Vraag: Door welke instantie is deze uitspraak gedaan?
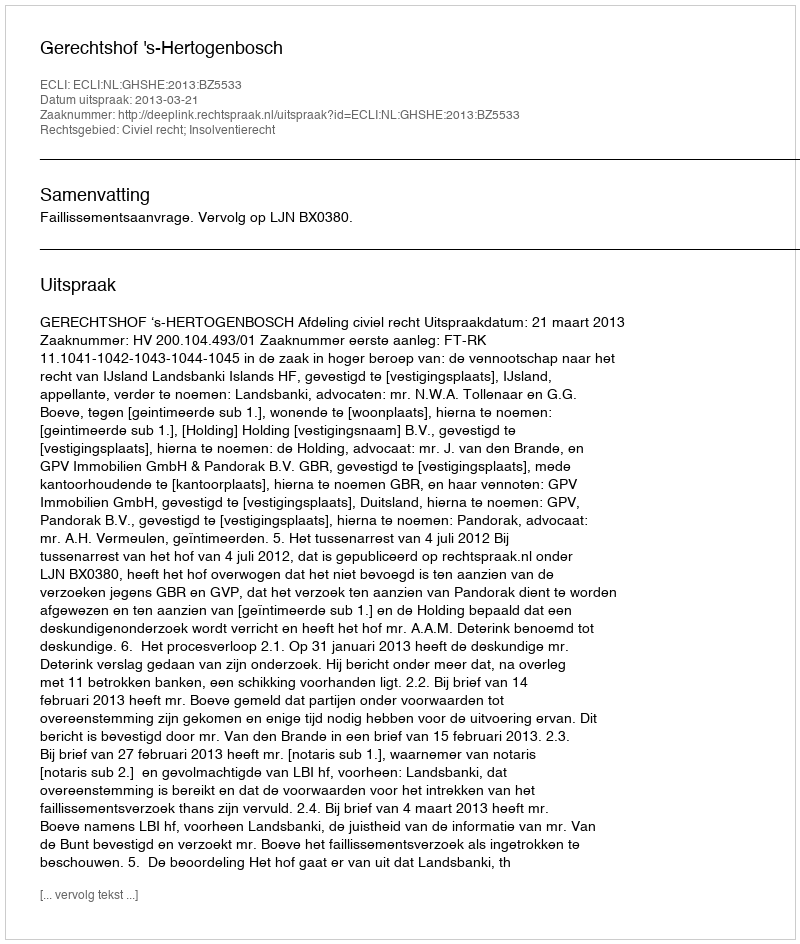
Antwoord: Gerechtshof 's-Hertogenbosch